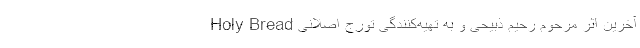
Holy Bread آخرین اثر مرحوم رحیم ذبیحی و به تهیه‌کنندگی تورج اصلانی